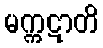
မက္ကဋာတိ